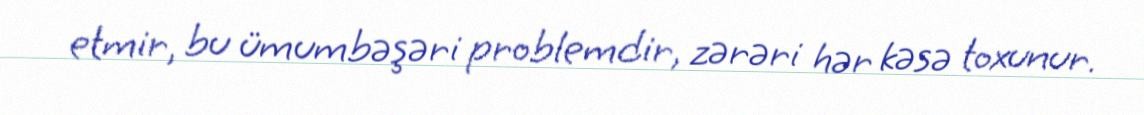
etmir, bu ümumbəşəri problemdir, zərəri hər kəsə toxunur.